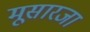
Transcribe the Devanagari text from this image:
मूसारजा